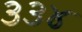
૩૩૪